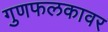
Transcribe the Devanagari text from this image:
गुणफलकावर